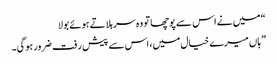
“ میں نے اس سے پوچھا تو وہ سر ہلاتے ہوئے بولا
” ہاں میرے خیال میں، اس سے پیش رفت ضرور ہوگی۔